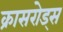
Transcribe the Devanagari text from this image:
क्रासरोड्स